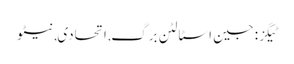
ٹیگز: جین اسٹالٹن برگ , اتحادی , نیٹو